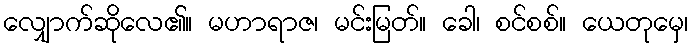
လျှောက်ဆိုလေ၏။ မဟာရာဇ၊ မင်းမြတ်။ ခေါ၊ စင်စစ်။ ယေတုမှေ၊